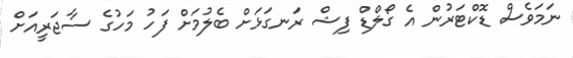
ނަމަވެސް ޑޮކްޓަރުން އެ ގޯލްޑް ފިޝް ރަނގަޅަށް ބެލުމަށް ފަހު މަހުގެ ސާޖަރީއަށް